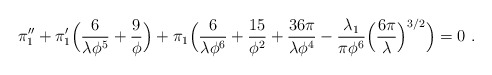
\begin{align*}\pi_1'' + \pi_1'\Bigl({6\over\lambda\phi^5} +{9\over\phi}\Bigr) + \pi_1 \Bigl({6\over\lambda\phi^6} +{15\over\phi^2} +{36\pi\over\lambda\phi^4} -{\lambda_1\over \pi \phi^6}\Bigl({6\pi\over\lambda}\Bigr)^{3/2}\Bigr) = 0\ .\end{align*}